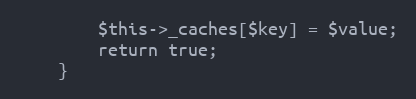
Language: PHP
        $this->_caches[$key] = $value;
        return true;
    }